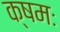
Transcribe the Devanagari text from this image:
क्षमः